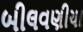
બીલવણીયા